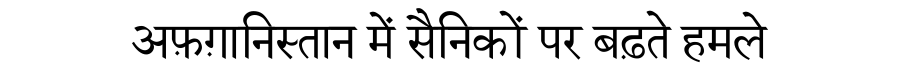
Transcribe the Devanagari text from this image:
अफ़ग़ानिस्तान में सैनिकों पर बढ़ते हमले